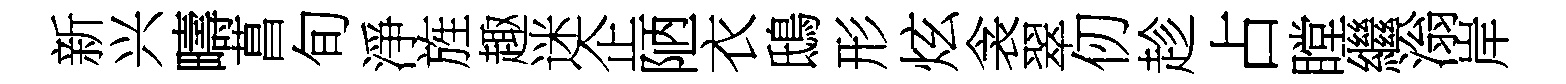
新兴疇菖旬淨旌趣迷企陋衣鴟形炫衾翠仞趁占瞠繼滃岸